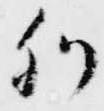
列